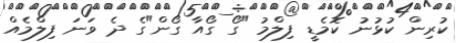
ކުރިން ކުޅުނު ކޮމެޑީ ފިލްމު "ގޯ ގޯއާ ގޯން"ގެ ދެ ވަނަ ފިލްމެއް